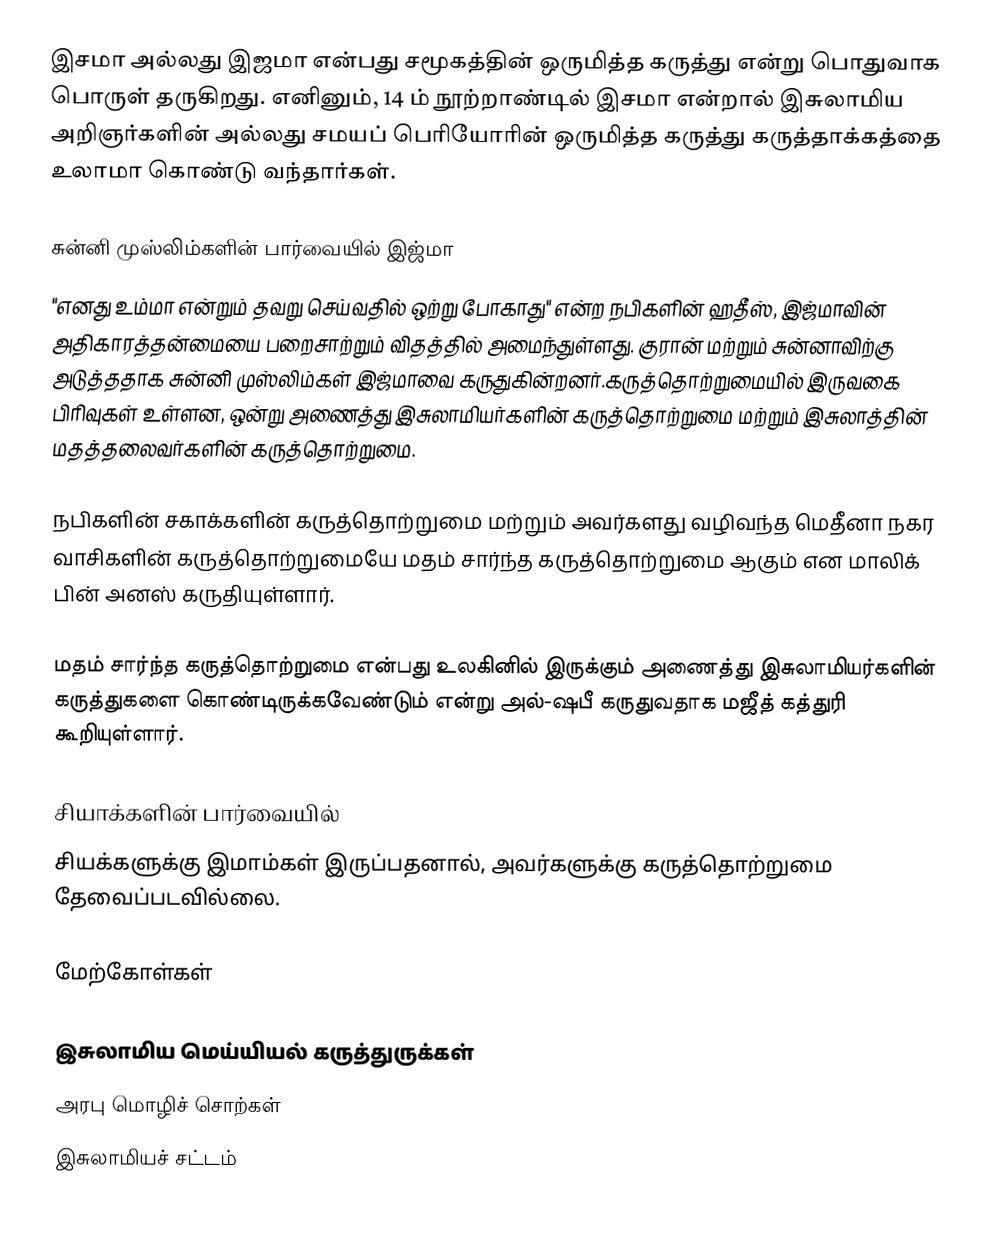
இசமா அல்லது இஜமா என்பது சமூகத்தின் ஒருமித்த கருத்து என்று பொதுவாக பொருள் தருகிறது.  எனினும், 14 ம் நூற்றாண்டில் இசமா என்றால் இசுலாமிய அறிஞர்களின் அல்லது சமயப் பெரியோரின் ஒருமித்த கருத்து கருத்தாக்கத்தை உலாமா கொண்டு வந்தார்கள்.

சுன்னி முஸ்லிம்களின் பார்வையில் இஜ்மா
"எனது உம்மா என்றும் தவறு செய்வதில் ஒற்று போகாது" என்ற நபிகளின் ஹதீஸ், இஜ்மாவின் அதிகாரத்தன்மையை பறைசாற்றும் விதத்தில் அமைந்துள்ளது. குரான் மற்றும் சுன்னாவிற்கு அடுத்ததாக சுன்னி முஸ்லிம்கள் இஜ்மாவை கருதுகின்றனர்.கருத்தொற்றுமையில் இருவகை பிரிவுகள் உள்ளன, ஒன்று அணைத்து இசுலாமியர்களின் கருத்தொற்றுமை மற்றும் இசுலாத்தின் மதத்தலைவர்களின் கருத்தொற்றுமை.

நபிகளின் சகாக்களின் கருத்தொற்றுமை மற்றும்  அவர்களது வழிவந்த மெதீனா நகர வாசிகளின் கருத்தொற்றுமையே மதம் சார்ந்த கருத்தொற்றுமை ஆகும் என மாலிக் பின் அனஸ் கருதியுள்ளார்.

மதம் சார்ந்த கருத்தொற்றுமை என்பது உலகினில் இருக்கும் அணைத்து இசுலாமியர்களின் கருத்துகளை கொண்டிருக்கவேண்டும் என்று அல்-ஷபீ கருதுவதாக  மஜீத் கத்துரி கூறியுள்ளார்.

சியாக்களின் பார்வையில்
சியக்களுக்கு இமாம்கள் இருப்பதனால், அவர்களுக்கு கருத்தொற்றுமை தேவைப்படவில்லை.

மேற்கோள்கள்

இசுலாமிய மெய்யியல் கருத்துருக்கள்
அரபு மொழிச் சொற்கள்
இசுலாமியச் சட்டம்